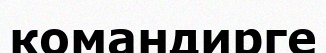
командирге